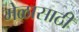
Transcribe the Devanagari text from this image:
मेळासाठी